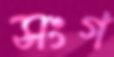
সংগ